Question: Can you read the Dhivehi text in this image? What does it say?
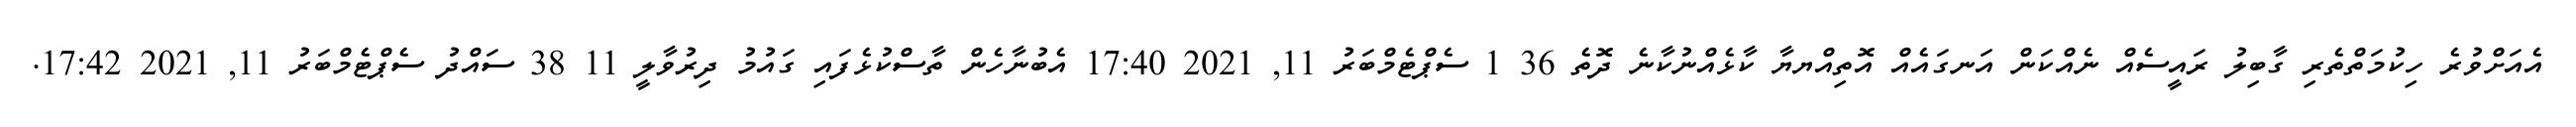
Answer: އެއަށްވުރެ ހިކުމަތްތެރި ގާބިލު ރައީސެއް ނެއްކަން އަނގައެއް އޮތިއްޔޔާ ކާޅެއްނުކާނެ ދޮތެ 36 1 ސެޕްޓެމްބަރު 11, 2021 17:40 އެބުނާހެން ތާސްކުޅެފައި ގައުމު ދިރުވާލީ 11 38 ސައްދު ސެޕްޓެމްބަރު 11, 2021 17:42.